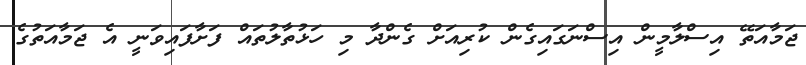
ޖަމާއަތޭ އިސްލާމީން އިސްނަގައިގެން ކުރިއަށް ގެންދާ މި ހަޅުތާލުތައް ފަށާފައިވަނީ އެ ޖަމާއަތުގެ